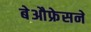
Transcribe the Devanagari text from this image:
बेऔफ्रेसने